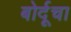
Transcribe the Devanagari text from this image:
बोर्दूचा